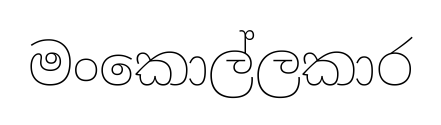
මංකොල්ලකාර